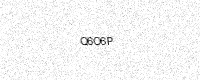
Text: Q6O6P